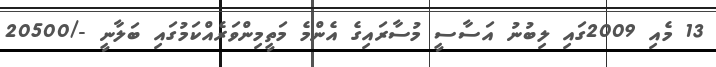
13 މެއި 2009ގައި ލިބުނު އަސާސީ މުސާރައިގެ އެންމެ މަތީމިންވަރެއްކަމުގައި ބަލާނީ -/20500